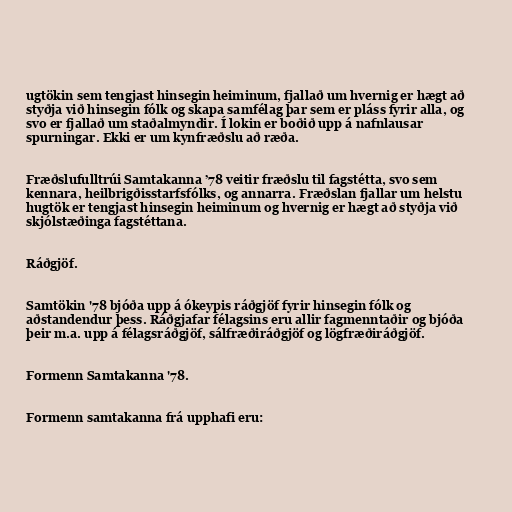
ugtökin sem tengjast hinsegin heiminum, fjallað um hvernig er hægt að
styðja við hinsegin fólk og skapa samfélag þar sem er pláss fyrir alla, og
svo er fjallað um staðalmyndir. Í lokin er boðið upp á nafnlausar
spurningar. Ekki er um kynfræðslu að ræða.

Fræðslufulltrúi Samtakanna ’78 veitir fræðslu til fagstétta, svo sem
kennara, heilbrigðisstarfsfólks, og annarra. Fræðslan fjallar um helstu
hugtök er tengjast hinsegin heiminum og hvernig er hægt að styðja við
skjólstæðinga fagstéttana.

Ráðgjöf.

Samtökin '78 bjóða upp á ókeypis ráðgjöf fyrir hinsegin fólk og
aðstandendur þess. Ráðgjafar félagsins eru allir fagmenntaðir og bjóða
þeir m.a. upp á félagsráðgjöf, sálfræðiráðgjöf og lögfræðiráðgjöf.

Formenn Samtakanna '78.

Formenn samtakanna frá upphafi eru: